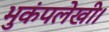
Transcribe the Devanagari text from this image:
भुकंपलेखी।